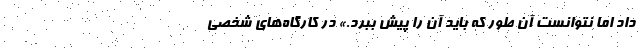
داد اما نتوانست آن طور که باید آن را پیش ببرد.» درِ کارگاه‌های شخصی